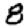
Digit: 8